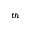
^ { t h }